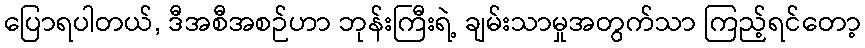
ပြောရပါတယ်, ဒီအစီအစဉ်ဟာ ဘုန်းကြီးရဲ့ ချမ်းသာမှုအတွက်သာ ကြည့်ရင်တော့